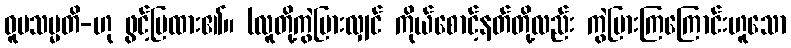
ဝူပသမ္မတိ-ဟု ဖွင့်ပြထား၏။ (လူတို့ကွဲပြားလျှင် ကိုယ်စောင့်နတ်တို့လည်း ကွဲပြားကြကြောင်းဟူသော